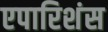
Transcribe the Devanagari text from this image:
एपारिशंस